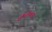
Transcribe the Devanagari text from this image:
हौलैंडवासी